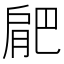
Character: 𭨼